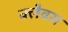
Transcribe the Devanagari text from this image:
क्लैवस